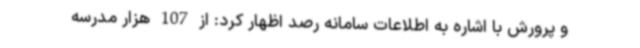
و پرورش با اشاره به اطلاعات سامانه رصد اظهار کرد: از 107 هزار مدرسه